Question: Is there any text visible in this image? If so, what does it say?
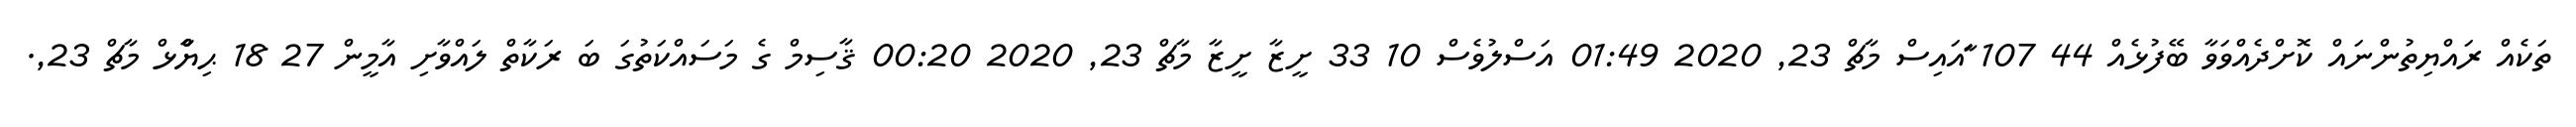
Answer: ތަކެއް ރައްޔިތުންނައް ކޮށްދެއްވަވާ ބޭފުޅެއް 44 107 ާައައިސް މާޗް 23, 2020 01:49 އަސްލުވެސް 10 33 ށީޒާ ށީޒާ މާޗް 23, 2020 00:20 ޤާސިމް ގެ މަސައްކަތުގަ ބަ ރަކާތް ލައްވާށި އާމީން 27 18 ޙިޔާާްްޅް މާޗް 23,.